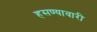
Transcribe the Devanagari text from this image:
हसण्यावारी